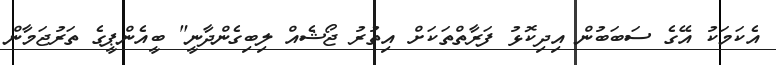
އެކަމަކު އޭގެ ސަބަބުން އިދިކޮޅު ފަރާތްތަކަށް އިތުރު ޖޯޝެއް ލިބިގެންދާނީ" ބީއެންޕީގެ ތަރުޖަމާން